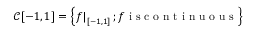
\mathcal { C } [ - 1 , 1 ] = \left\{ \left. f \right| _ { [ - 1 , 1 ] } ; f \mathrm { ~ i ~ s ~ c ~ o ~ n ~ t ~ i ~ n ~ u ~ o ~ u ~ s ~ } \right\}